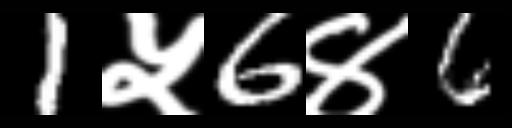
Text: 1५6४6